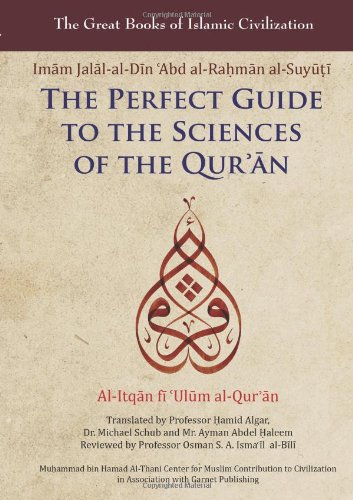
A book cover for The Perfect Guide to the Sciences of the Qur'an: Al-Itqan fi 'Ulum Al-Qur'an (Volume 1) (Great Books of Islamic Civilization); Imam Jalal-Al-Din Al-Suyuti; Religion & Spirituality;